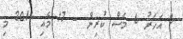
6 އަހަރު 6 މަސް ކުރިން - 17 މެއި 2011 މި